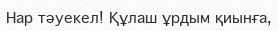
Нар тәуекел! Құлаш ұрдым қиынға,